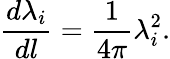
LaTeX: \frac{d\lambda_{i}}{dl}=\frac{1}{4\pi}\lambda_{i}^{2}.